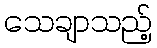
သေချာသည့်